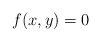
\begin{align*} f(x,y)=0\end{align*}